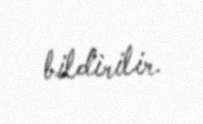
bildirilir.